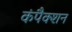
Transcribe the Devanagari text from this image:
कंपैक्शन